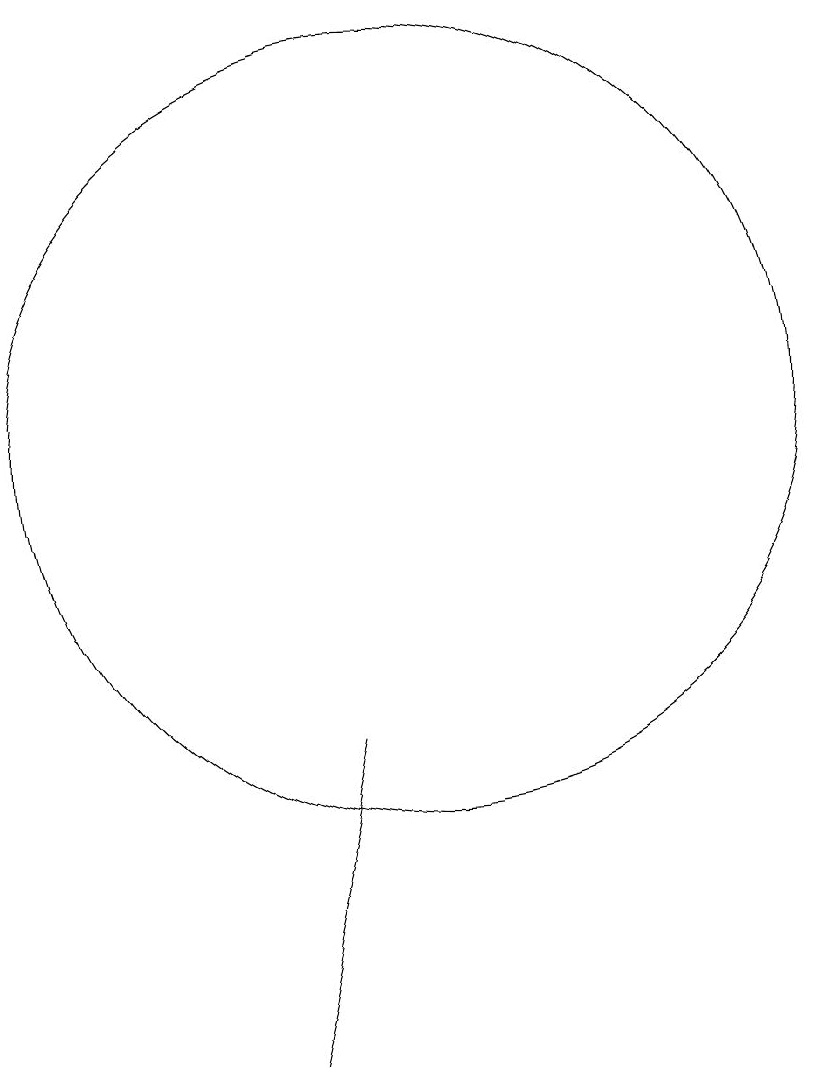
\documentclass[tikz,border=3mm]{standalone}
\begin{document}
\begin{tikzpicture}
\draw (10,10) circle (0);
\draw (10,11) circle (5);
\draw (8,3) -- (9,7) -- (9,7) -- cycle;
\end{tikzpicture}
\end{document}